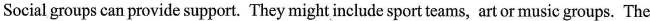
Social groups can provide support. They might include sport teams, art or music groups. The